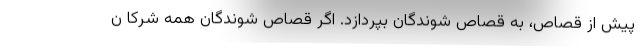
پیش از قصاص، به قصاص شوندگان بپردازد. اگر قصاص شوندگان همه شرکا ن